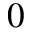
0